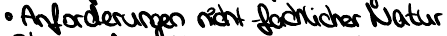
Anforderungen nicht fachlicher Natur